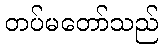
တပ်မတော်သည်